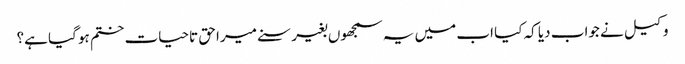
وکیل نے جواب دیا کہ کیا اب میں یہ سمجھوں بغیر سنے میرا حق تاحیات ختم ہو گیا ہے؟